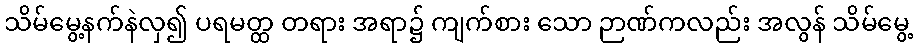
သိမ်မွေ့နက်နဲလှ၍ ပရမတ္ထ တရား အရာ၌ ကျက်စား သော ဉာဏ်ကလည်း အလွန် သိမ်မွေ့